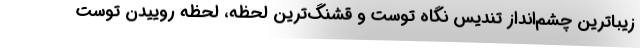
زیباترین چشم‌انداز تندیس نگاه توست و قشنگ‌ترین لحظه، لحظه روییدن توست